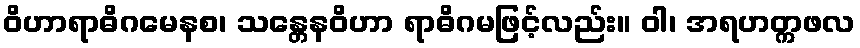
ဝိဟာရာဓိဂမေနစ၊ သန္တေနဝိဟာ ရာဓိဂမဖြင့်လည်း။ ဝါ၊ အရဟတ္ကဖလ